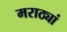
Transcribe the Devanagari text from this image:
मराठ्यां